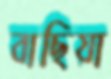
বাছিয়া